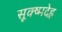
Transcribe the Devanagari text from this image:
सूक्ष्मदेह